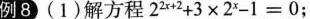
例8(1)解方程$$2 ^ { 2 x + 2 } + 3 × 2 ^ { x } - 1 = 0$$；